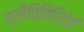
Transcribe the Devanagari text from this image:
फ़्लैविविरिडेई